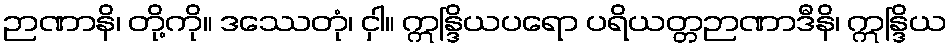
ဉာဏာနိ၊ တို့ကို။ ဒဿေတုံ၊ ငှါ။ ဣန္ဒြိယပရော ပရိယတ္တဉာဏာဒီနိ၊ ဣန္ဒြိယ